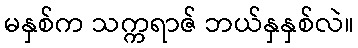
မနှစ်က သက္ကရာဇ် ဘယ်နှနှစ်လဲ။